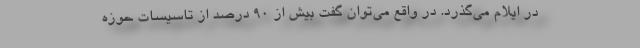
در ایلام می‌گذرد. در واقع می‌توان گفت بیش از ۹۰ درصد از تاسیسات حوزه